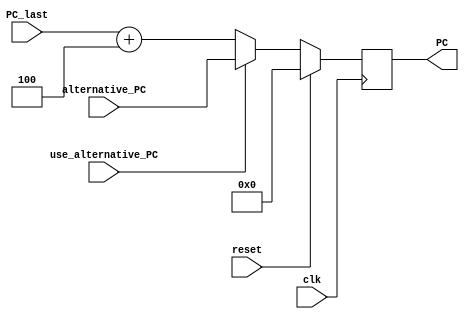
module PC
// decide what the next PC should be
(
    output [31:0] PC,
    input [31:0] PC_last,
    input [31:0] alternative_PC,
    input use_alternative_PC,
    input clk,
    input reset
);
    reg [31:0] PC_next;
    assign PC = PC_next;

    always @(posedge clk) begin
        if (reset == 1'b1) begin
            PC_next <= 32'b0;
        end
        else begin
            if (use_alternative_PC) PC_next = alternative_PC;
            else PC_next = PC_last + 32'd4;
        end
    end
endmodule